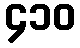
၄၁၀